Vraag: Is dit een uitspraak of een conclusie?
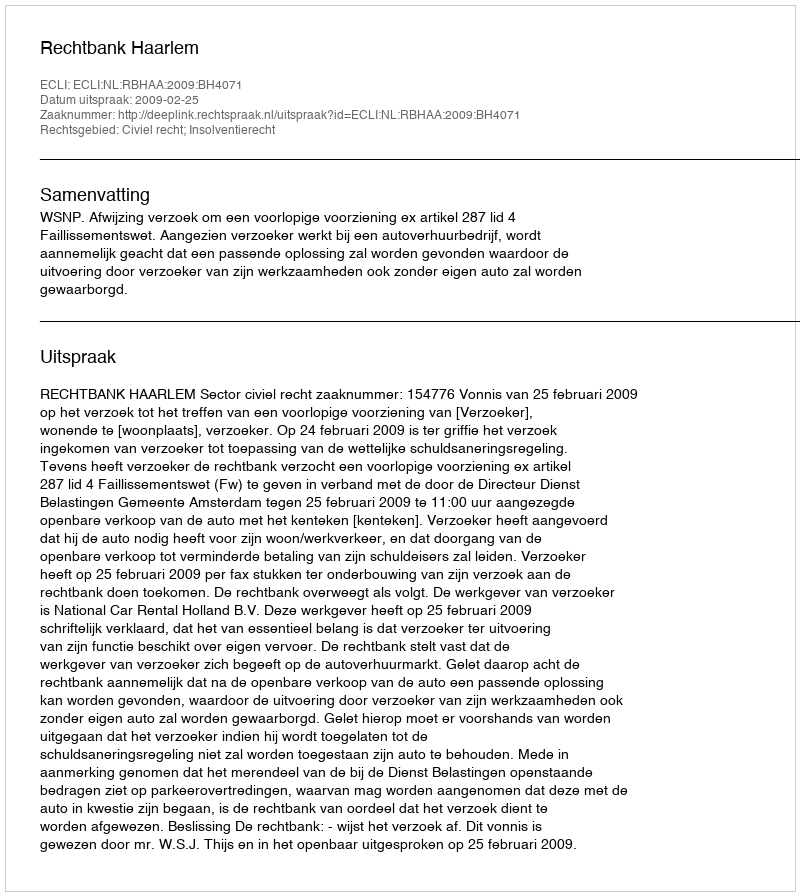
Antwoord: Uitspraak